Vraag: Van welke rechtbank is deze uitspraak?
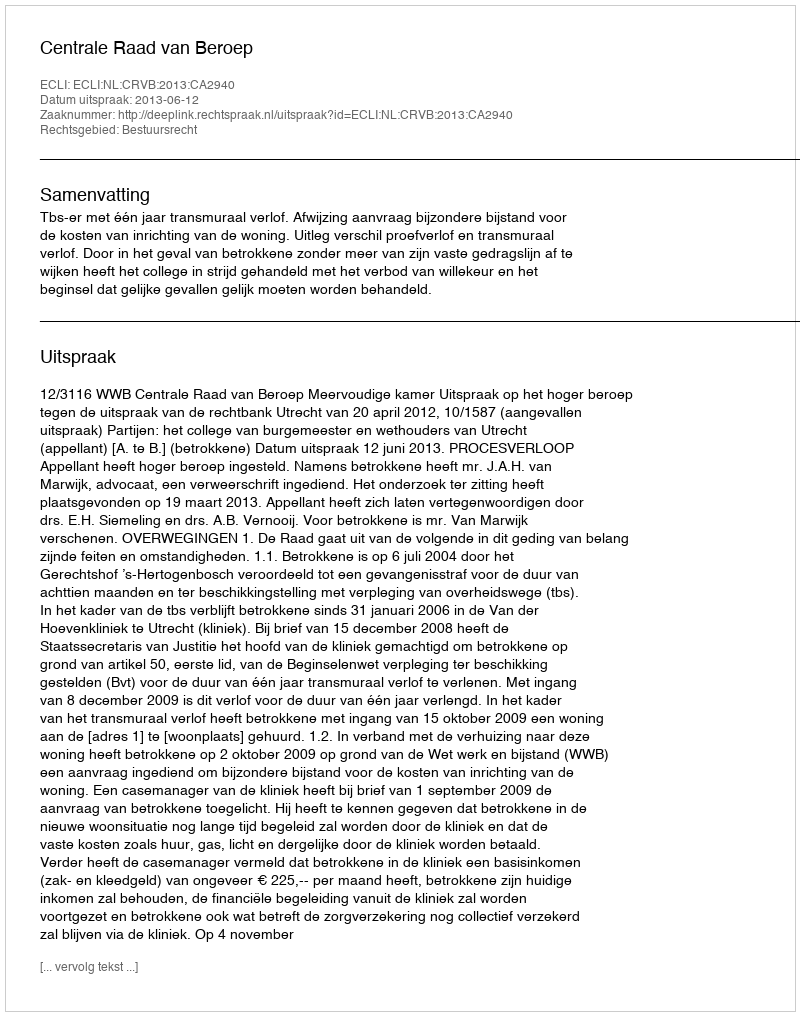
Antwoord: Centrale Raad van Beroep